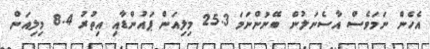
އެހެން ނަމަވެސް އާސެނަލުން ބޭނުންނަމަ 25.3 މިލިއަން ޕައުންޑާއި އިތުރު 8.4 މިލިއަން